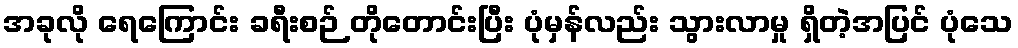
အခုလို ရေကြောင်း ခရီးစဉ် တိုတောင်းပြီး ပုံမှန်လည်း သွားလာမှု ရှိတဲ့အပြင် ပုံသေ